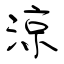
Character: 涼